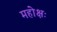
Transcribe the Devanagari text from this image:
महोक्षः